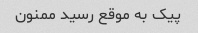
پیک به موقع رسید ممنون